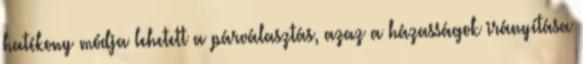
hatékony módja lehetett a párválasztás, azaz a házasságok irányítása